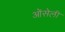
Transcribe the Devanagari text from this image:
ओंसेली